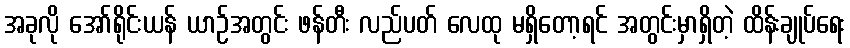
အခုလို အော်ရိုင်းယန် ယာဉ်အတွင်း ဖန်တီး လည်ပတ် လေထု မရှိတော့ရင် အတွင်းမှာရှိတဲ့ ထိန်းချုပ်ရေး